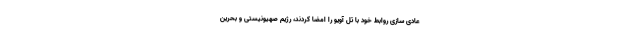
عادی سازی روابط خود با تل آویو را امضا کردند، رژیم صهیونیستی و بحرین